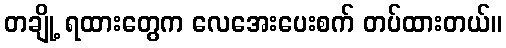
တချို့ ရထားတွေက လေအေးပေးစက် တပ်ထားတယ်။